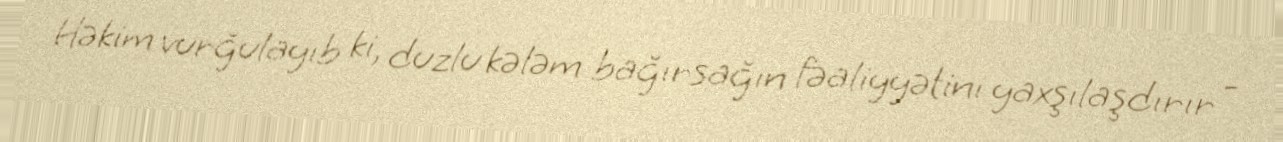
Həkim vurğulayıb ki, duzlu kələm bağırsağın fəaliyyətini yaxşılaşdırır -